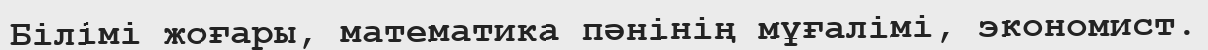
Білімі жоғары, математика пәнінің мұғалімі, экономист.